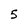
Character: 5